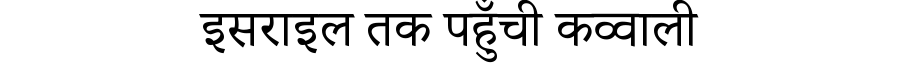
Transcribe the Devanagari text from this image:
इसराइल तक पहुँची कव्वाली